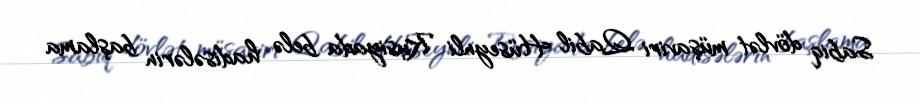
Sabiq dövlət müşaviri Qabil Hüseynli Rusiyada belə hadisələrin başlama